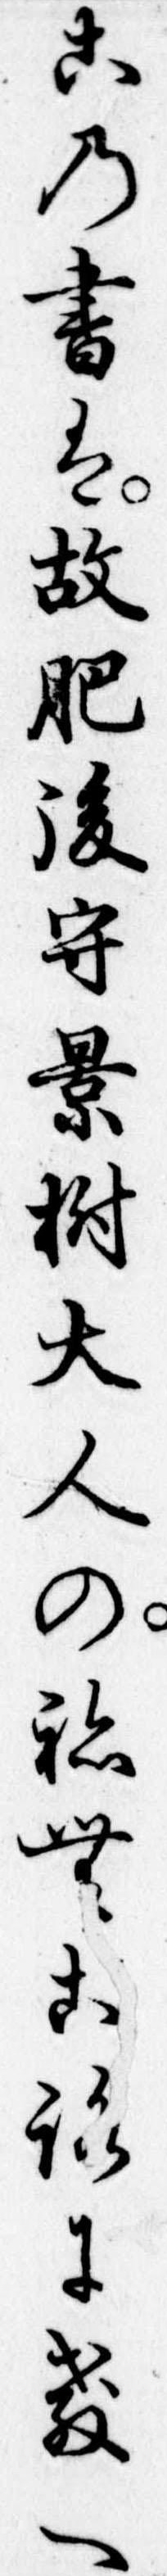
この書は故肥後守景樹大人のねむころに教へ